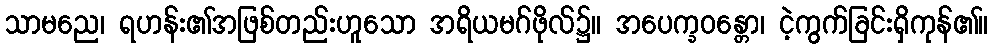
သာမညေ၊ ရဟန်း၏အဖြစ်တည်းဟူသော အရိယမဂ်ဖိုလ်၌။ အပေက္ခဝန္တော၊ ငဲ့ကွက်ခြင်းရှိကုန်၏။